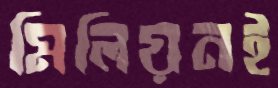
মিলিয়নই